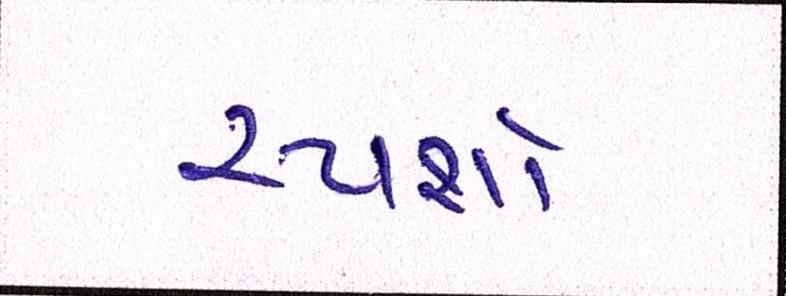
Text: સ્પર્શી